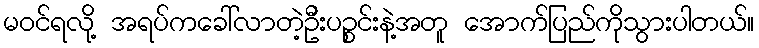
မဝင်ရလို့ အရပ်ကခေါ်လာတဲ့ဦးပဉ္စင်းနဲ့အတူ အောက်ပြည်ကိုသွားပါတယ်။